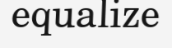
equalize